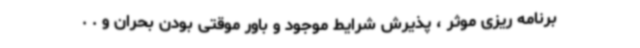
برنامه ریزی موثر ، پذیرش شرایط موجود و باور موقتی بودن بحران و . .